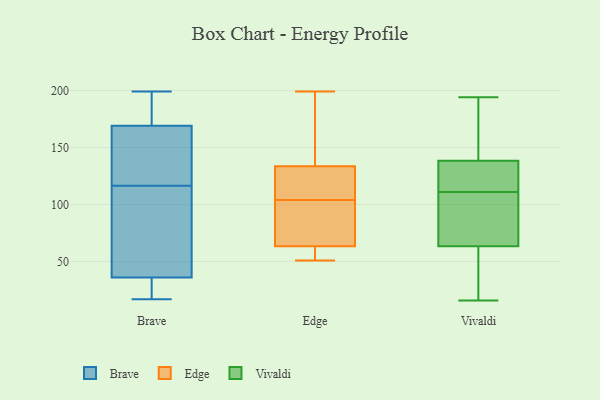
{"axis": {"x": "Bounce Rate (%)", "y": "Value"}, "legend": ["Brave", "Edge", "Vivaldi"], "data": [{"x": "", "y": 199, "type": "Brave"}, {"x": "", "y": 61, "type": "Brave"}, {"x": "", "y": 107, "type": "Brave"}, {"x": "", "y": 145, "type": "Brave"}, {"x": "", "y": 169, "type": "Brave"}, {"x": "", "y": 36, "type": "Brave"}, {"x": "", "y": 17, "type": "Brave"}, {"x": "", "y": 126, "type": "Brave"}, {"x": "", "y": 28, "type": "Brave"}, {"x": "", "y": 197, "type": "Brave"}, {"x": "", "y": 51, "type": "Edge"}, {"x": "", "y": 89, "type": "Edge"}, {"x": "", "y": 55, "type": "Edge"}, {"x": "", "y": 171, "type": "Edge"}, {"x": "", "y": 184, "type": "Edge"}, {"x": "", "y": 107, "type": "Edge"}, {"x": "", "y": 82, "type": "Edge"}, {"x": "", "y": 115, "type": "Edge"}, {"x": "", "y": 138, "type": "Edge"}, {"x": "", "y": 62, "type": "Edge"}, {"x": "", "y": 52, "type": "Edge"}, {"x": "", "y": 199, "type": "Edge"}, {"x": "", "y": 129, "type": "Edge"}, {"x": "", "y": 59, "type": "Edge"}, {"x": "", "y": 106, "type": "Edge"}, {"x": "", "y": 171, "type": "Edge"}, {"x": "", "y": 103, "type": "Edge"}, {"x": "", "y": 65, "type": "Edge"}, {"x": "", "y": 68, "type": "Edge"}, {"x": "", "y": 105, "type": "Edge"}, {"x": "", "y": 163, "type": "Vivaldi"}, {"x": "", "y": 162, "type": "Vivaldi"}, {"x": "", "y": 21, "type": "Vivaldi"}, {"x": "", "y": 111, "type": "Vivaldi"}, {"x": "", "y": 56, "type": "Vivaldi"}, {"x": "", "y": 194, "type": "Vivaldi"}, {"x": "", "y": 140, "type": "Vivaldi"}, {"x": "", "y": 82, "type": "Vivaldi"}, {"x": "", "y": 111, "type": "Vivaldi"}, {"x": "", "y": 116, "type": "Vivaldi"}, {"x": "", "y": 32, "type": "Vivaldi"}, {"x": "", "y": 136, "type": "Vivaldi"}, {"x": "", "y": 124, "type": "Vivaldi"}, {"x": "", "y": 71, "type": "Vivaldi"}, {"x": "", "y": 17, "type": "Vivaldi"}, {"x": "", "y": 97, "type": "Vivaldi"}, {"x": "", "y": 16, "type": "Vivaldi"}, {"x": "", "y": 137, "type": "Vivaldi"}, {"x": "", "y": 99, "type": "Vivaldi"}, {"x": "", "y": 141, "type": "Vivaldi"}]}